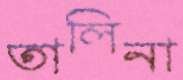
তালিনা